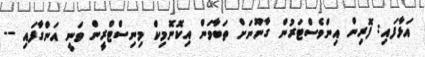
އަޅާފައި: ފޮރިން އިންވެސްޓަރުން ގާނޫނަށް ތަބާވަން އިކޮނޮމިކް މިނިސްޓްރީން ވަނީ އަންގާފައި --